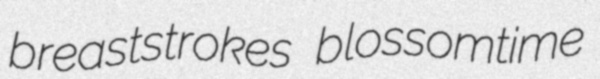
breaststrokes blossomtime